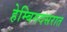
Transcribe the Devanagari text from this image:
हेम्बिगदसरात